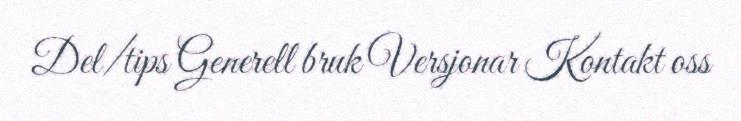
Del/tips Generell bruk Versjonar Kontakt oss